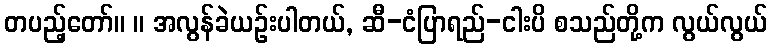
တပည့်တော်။ ။ အလွန်ခဲယဉ်းပါတယ်, ဆီ-ငံပြာရည်-ငါးပိ စသည်တို့က လွယ်လွယ်